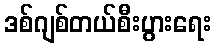
ဒစ်ဂျစ်တယ်စီးပွားရေး